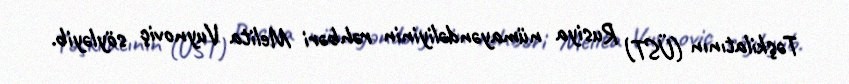
Təşkilatının (ÜST) Rusiya nümayəndəliyinin rəhbəri Melita Vuynoviç söyləyib.